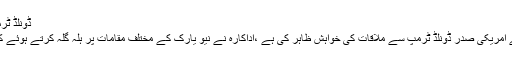
ڈونلڈ ٹرمپ سے ملاقات کی خواہش ہے،اداکارہ میرا امریکہ پہنچ گئیں
لاہور جدت ویب ڈیسک :اداکارہ امریکہ پہنچ گئیں او رانہوںنے امریکی صدر ڈونلڈ ٹرمپ سے ملاقات کی خواہش ظاہر کی ہے ،اداکارہ نے نیو یارک کے مختلف مقامات پر ہلہ گلہ کرتے ہوئے کی ویڈیوز اور تصاویر بھی اپنے دوستوں کے ساتھ شیئر کیں ۔